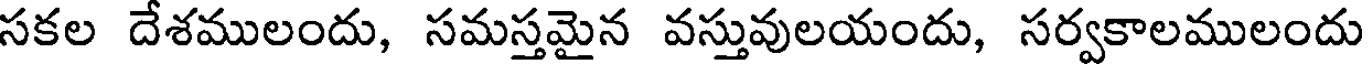
సకల దేశములందు, సమస్తమైన వస్తువులయందు, సర్వకాలములందు